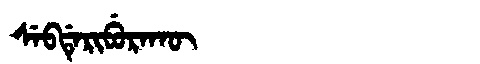
Manchu: ᠰᡝᠪᡩᡝᡵᡳᠪᡠᡵᠠᡴᡡ
Romanization: SEBDERIBURAKŪ